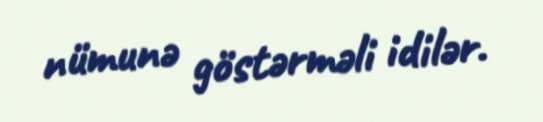
nümunə göstərməli idilər.